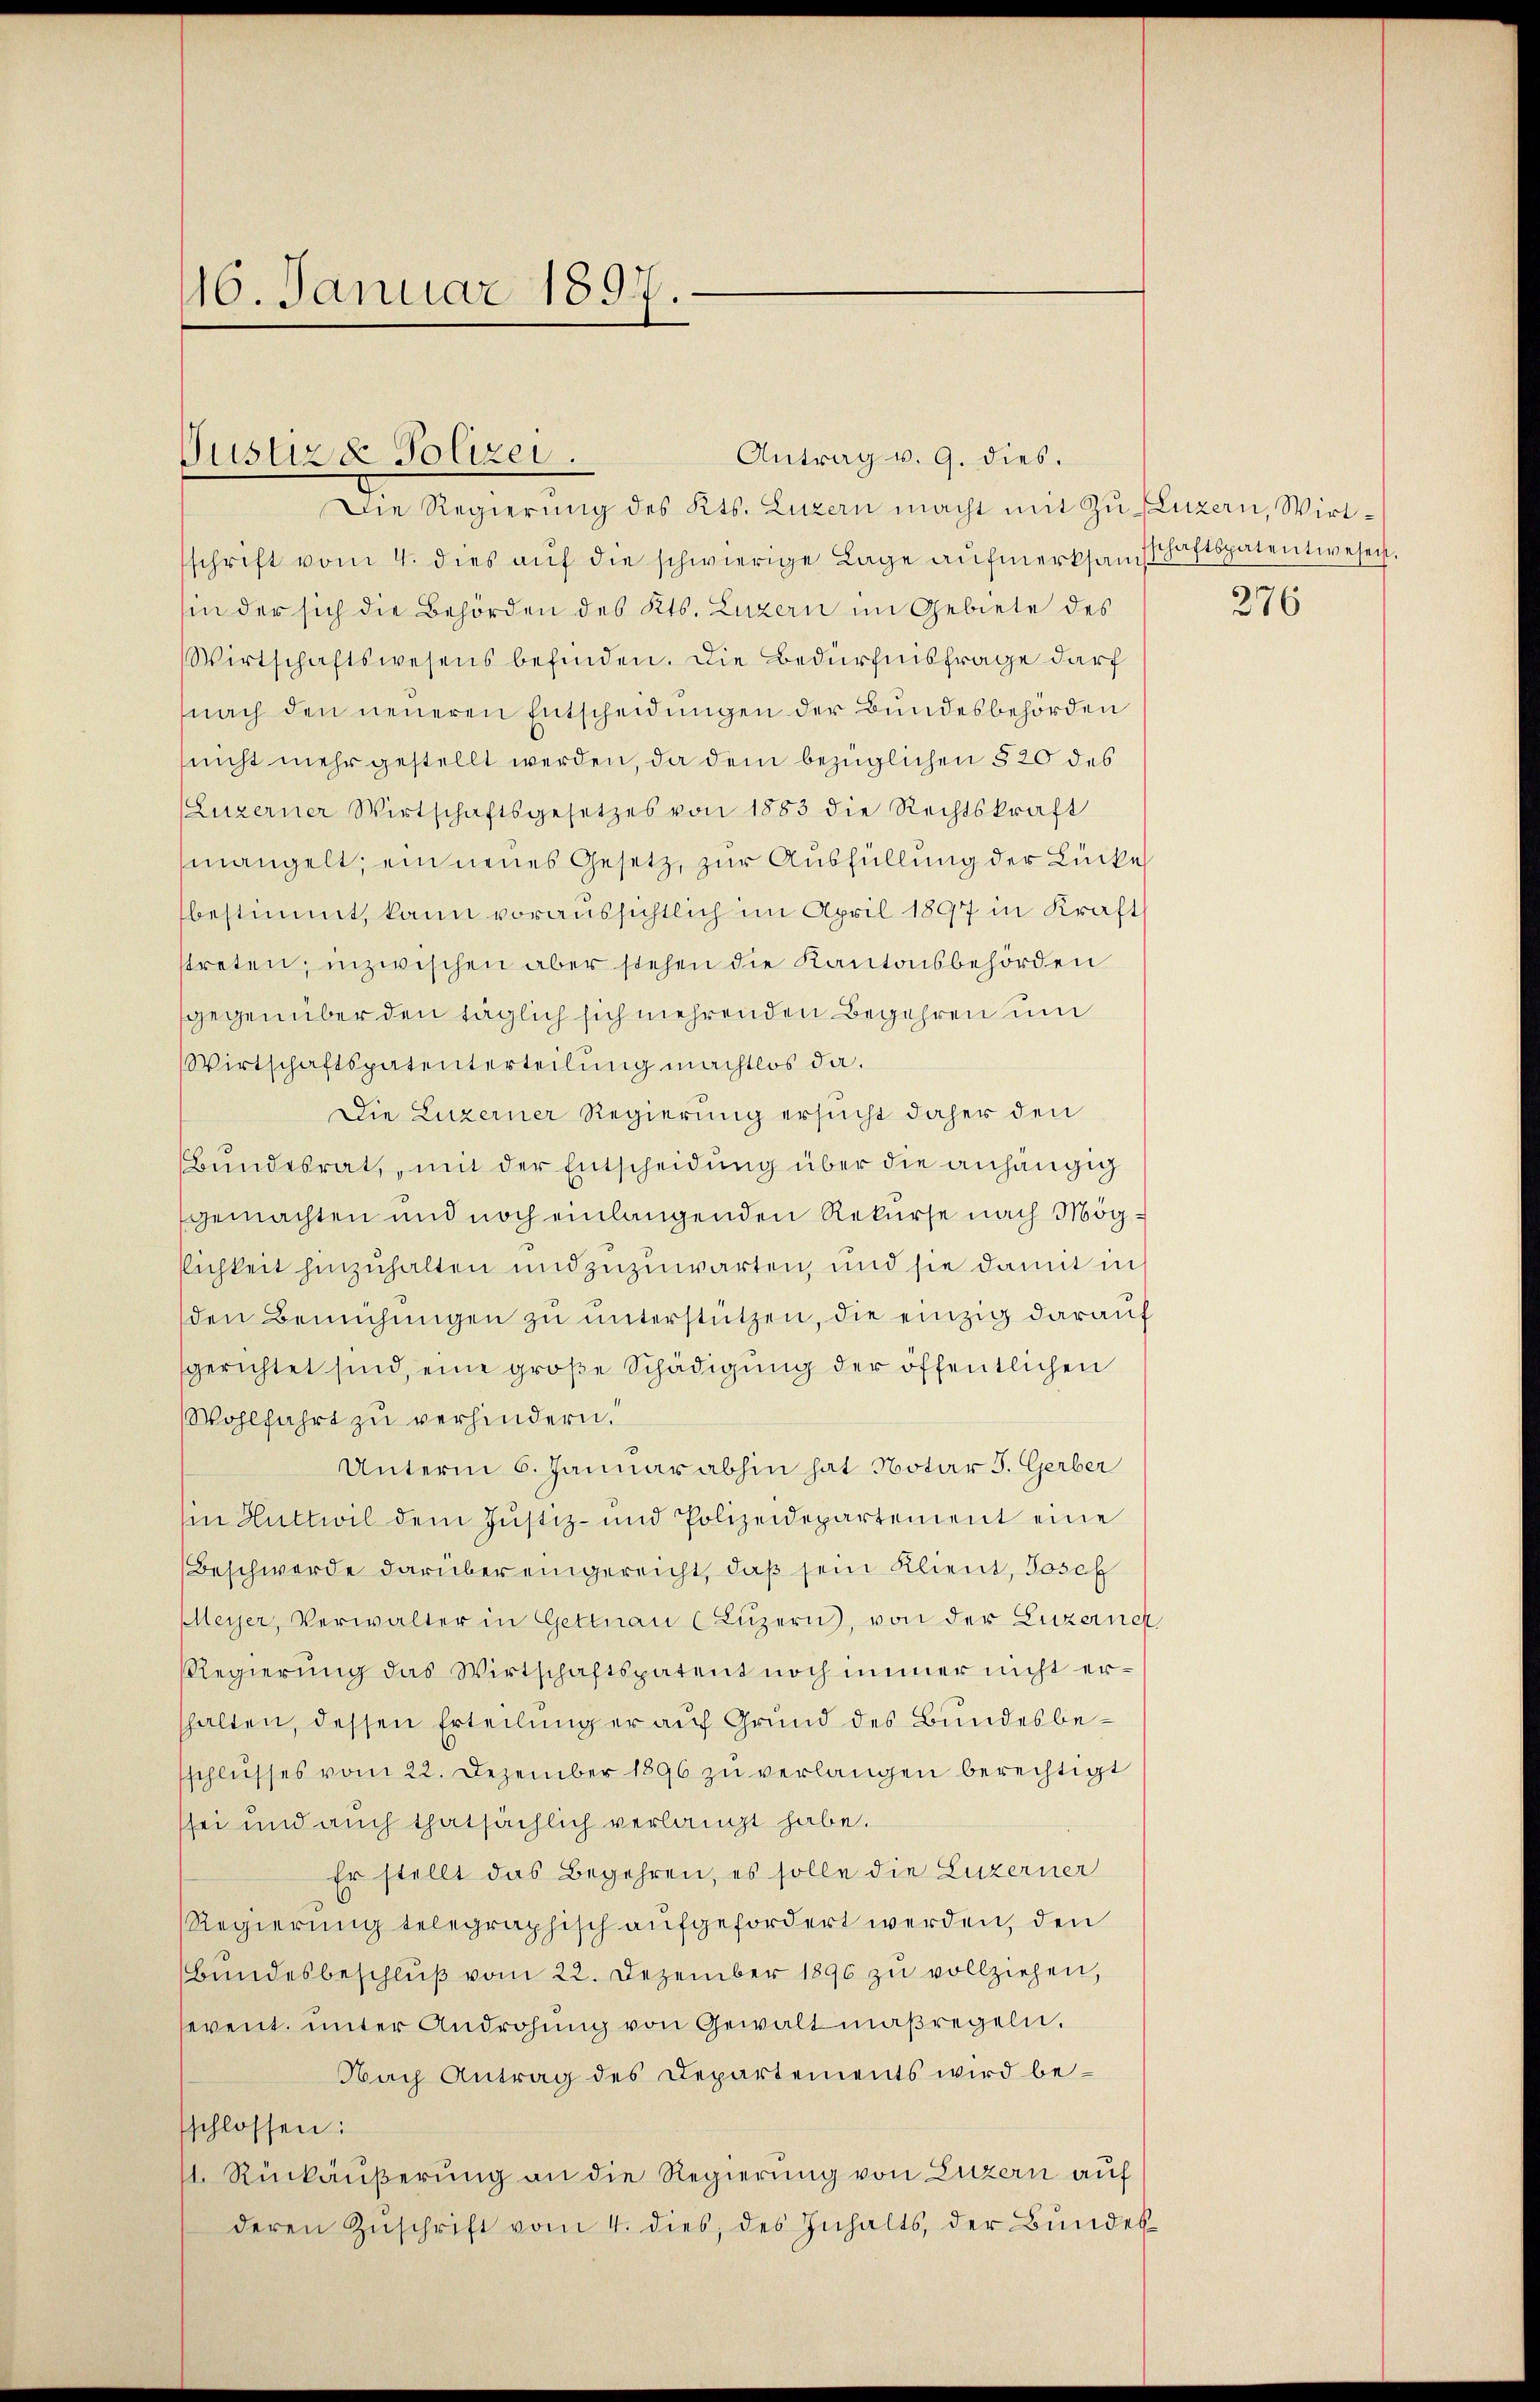
16. Januar 1897.

Die Regierung des Kts. Luzern macht mit Zu Luzern, Wirtschrift vom 4. dies auf die schwierige Lage aufmerksamtschaftspatentwesen.
sin der sich die Behörden des Kts. Luzern im Gebiete des
Wirtschaftswesens befinden. Die Bedürfnisfrage darf
nach den neueren Entscheidungen der Bundesbehörden
(nicht mehr gestellt werden, da dem bezüglichen § 20 des
(Luzerner Wirtschaftsgesetzes von 1883 die Rechtskraft
mangelt, ein neues Gesetz, zur Ausfüllung der Lücke
bestimmt, kann voraussichtlich im April 1897 in Kraft
streten, inzwischen aber stehen die Kantonsbehörden
gegenüber den täglich sich mehrenden Begehren um
Wirtschaftspatenterteilung machtlos da.
Die Luzerner Regierung ersucht daher den
Bundesrat, mit der Entscheidung über die anhängig
gemachten und noch einlangenden Rekurse nach Mögllichkeit hinzuhalten und zuzuwarten, und sie damit in
den Bemühungen zu unterstützen, die einzig darauf
sgerichtet sind, eine große Schädigung der öffentlichen
Wohlfahrt zu verhindern.
Unterm 6. Januar abhin hat Notar J. Gerber
in Huttwil dem Justiz- und Polizeidepartement eine
Beschwerde darüber eingereicht, daß sein Klient, Josef
Meyer, Verwalter in Gettnau (Lŭzern), von der Luzerner
Regierung das Wirtschaftspatent noch immer nicht erhalten, dessen Erteilung er auf Grund des Bundesbesschlŭsses vom 22. Dezember 1896 zŭ verlangen berechtigt
sei und auch thatsächlich verlangt habe.
Er stellt das Begehren, es solle die Luzerner
Regierung telegraphisch aufgefordert werden, den
Bundesbeschluß vom 22. Dezember 1890 zu vollziehen,
event. unter Androhŭng von Gewaltmaßregeln,
Nach Antrag des Departements wird be-
sschlossen:
11. Rückäußerung an die Regierung von Luzern auf
deren Zŭschrift vom 4. dies, des Inhalts, der Bŭndes

Justizd Polizei.

Antrag v. 9. dies.

276